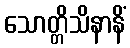
သောတ္တိသိနာနိံ